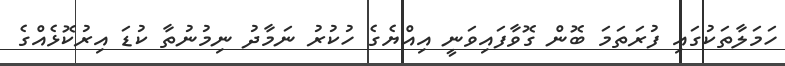
ހަމަލާތަކުގައި ފުރަތަމަ ބޮން ގޮވާފައިވަނީ އިއްޔެގެ ހުކުރު ނަމާދު ނިމުނުތާ ކުޑަ އިރުކޮޅެއްގެ